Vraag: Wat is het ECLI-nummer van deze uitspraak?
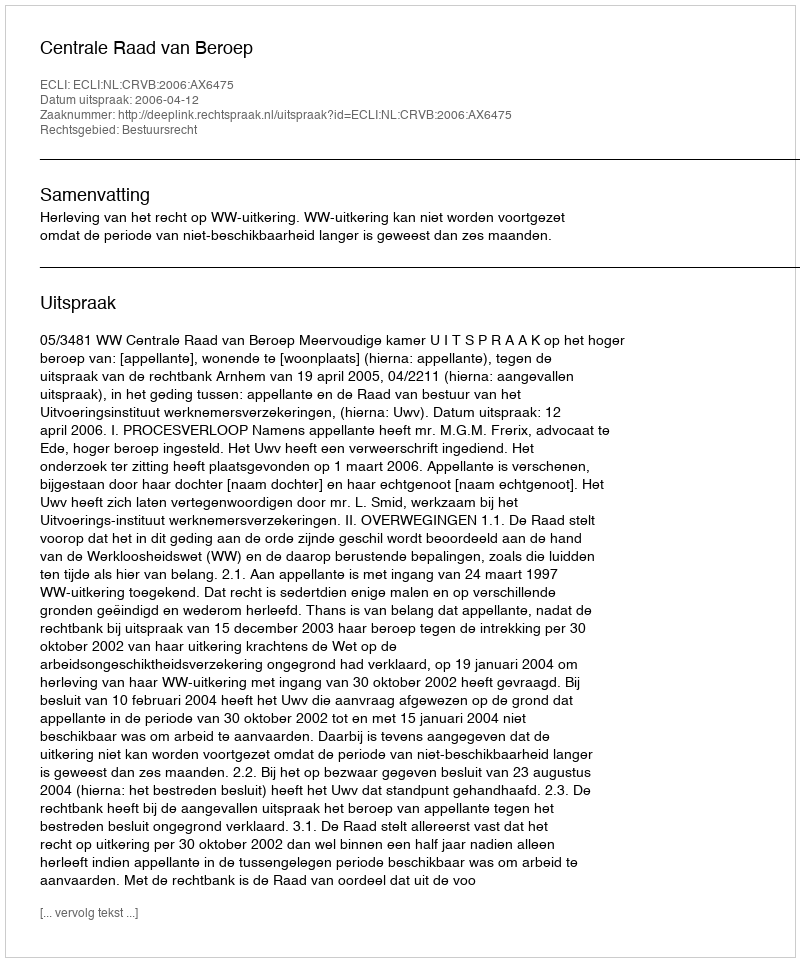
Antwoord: ECLI:NL:CRVB:2006:AX6475